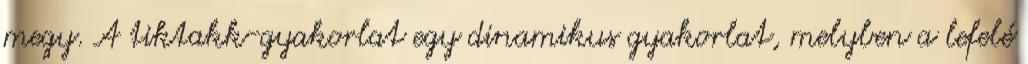
megy. A tiktakk-gyakorlat egy dinamikus gyakorlat, melyben a lefelé